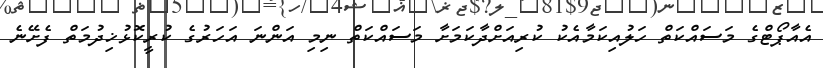
އެއާޕޯޓްގެ މަސައްކަތް ހަލުއިކަމާއެކު ކުރިއަށްދާކަމަށާ މަސައްކަތް ނިމި އަންނަ އަހަރުގެ ކުރީކޮޅުޚިދުމަތް ފެށޭނެ